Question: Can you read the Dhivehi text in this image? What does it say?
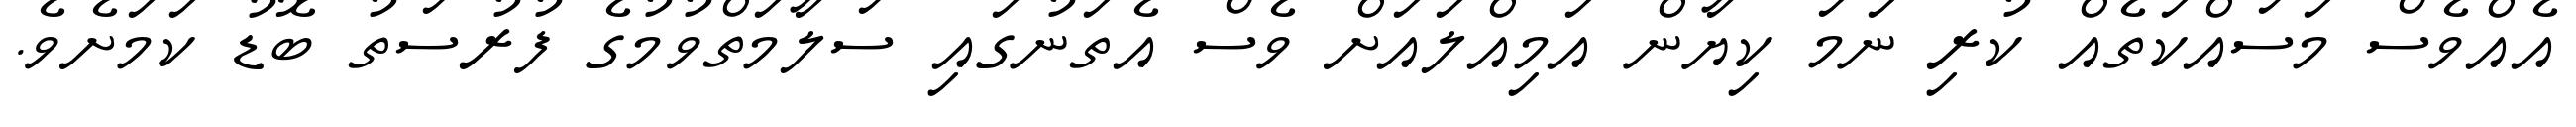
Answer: އެއްވެސް މަސައްކަތެއް ކުރި ނަމަ ކިޔާން އަމިއްލައަށް ވެސް އެތަނުގައި ސަލާމަތްވުމުގެ ފުރުސަތު ބޮޑު ކަމަށެވެ.